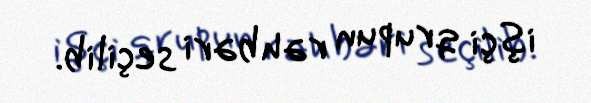
işçi qrupun rəhbəri seçilib.